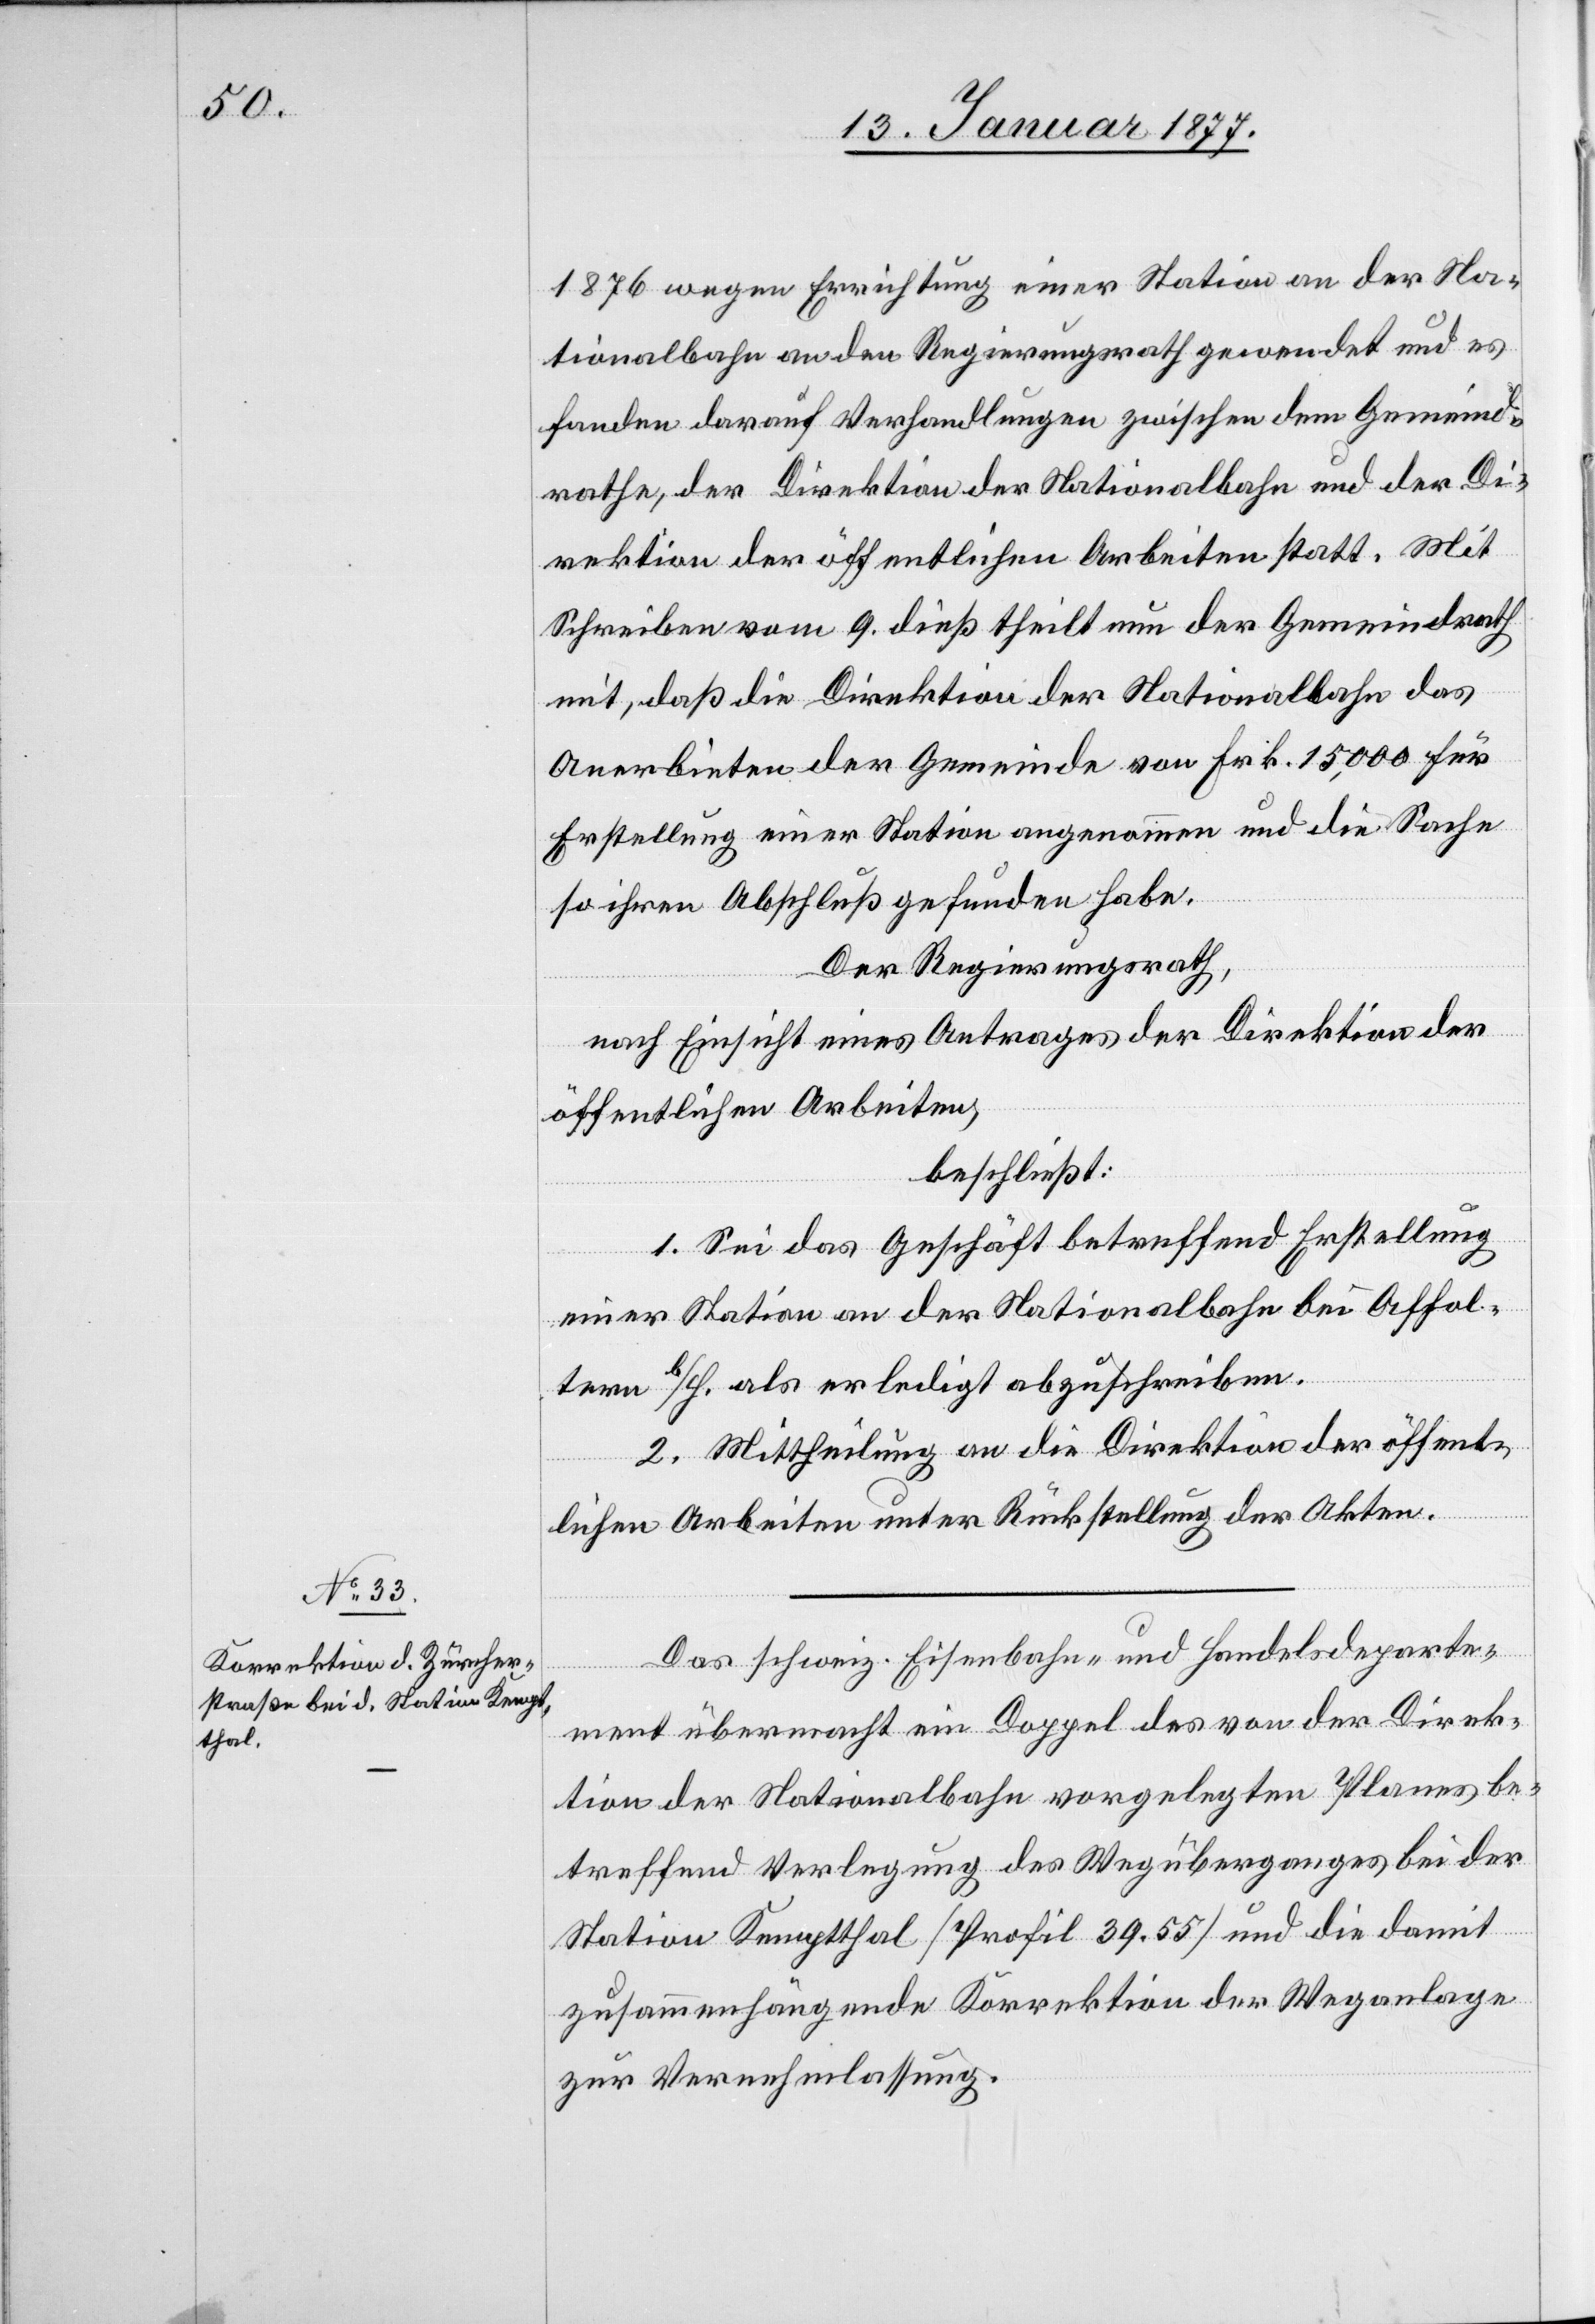
1876 wegen Errichtung einer Station an der Na¬
tionalbahn an den Regierungsrath gewendet und es
fanden darauf Verhandlungen zwischen dem Gemeind¬
rathe, der Direktion der Nationalbahn und der Di¬
rektion der öffentlichen Arbeiten statt. Mit
Schreiben vom 9. dieß theilt nur der Gemeindrath
mit, daß die Direktion der Nationalbahn das
Anerbieten der Gemeinde von Frk. 15,000 für
Erstellung einer Station angenommen und die Sache
so ihren Abschluß gefunden habe.
Der Regierungsrath,
nach Einsicht eines Antrages der Direktion der
öffentlichen Arbeiten,
beschließt:
1. Sei das Geschäft betreffend Erstellung
einer Station an der Nationalbahn bei Affol¬
tern b/H. als erledigt abzuschreiben.
2. Mittheilung an die Direktion der öffent¬
lichen Arbeiten unter Rückstellung der Akten.
Das schweiz. Eisenbahn- und Handelsdeparte¬
ment übermacht ein Doppel des von der Direk¬
tion der Nationalbahn vorgelegten Planes be¬
treffend Verlegung des Wegüberganges bei der
Station Kemptthal [Profil 39.55] und die damit
zusammenhängende Korrektion der Weganlage
zur Vernehmlassung.